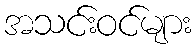
အသင်းဝင်များ